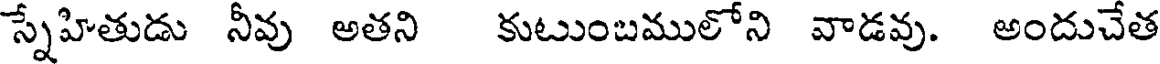
స్నేహితుడు నీవు అతని కుటుంబములోని వాడవు. అందుచేత